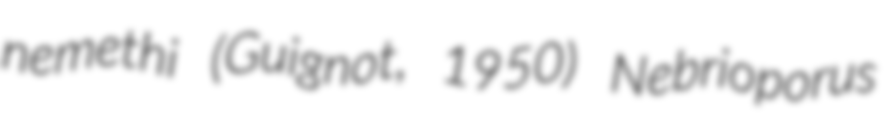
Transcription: nemethi (Guignot, 1950) Nebrioporus